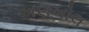
અણખોલ